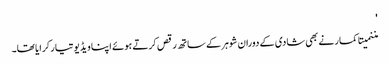
'
مننمیتا کمار نے بھی شادی کے دوران شوہر کے ساتھ رقص کرتے ہوئے اپنا ویڈیو تیار کرایا تھا۔